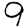
Digit: 9